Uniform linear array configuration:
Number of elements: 24
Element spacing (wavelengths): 0.25
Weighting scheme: binomial
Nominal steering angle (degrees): -30
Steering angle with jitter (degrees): -29.99
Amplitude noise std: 0.05
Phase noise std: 0.05

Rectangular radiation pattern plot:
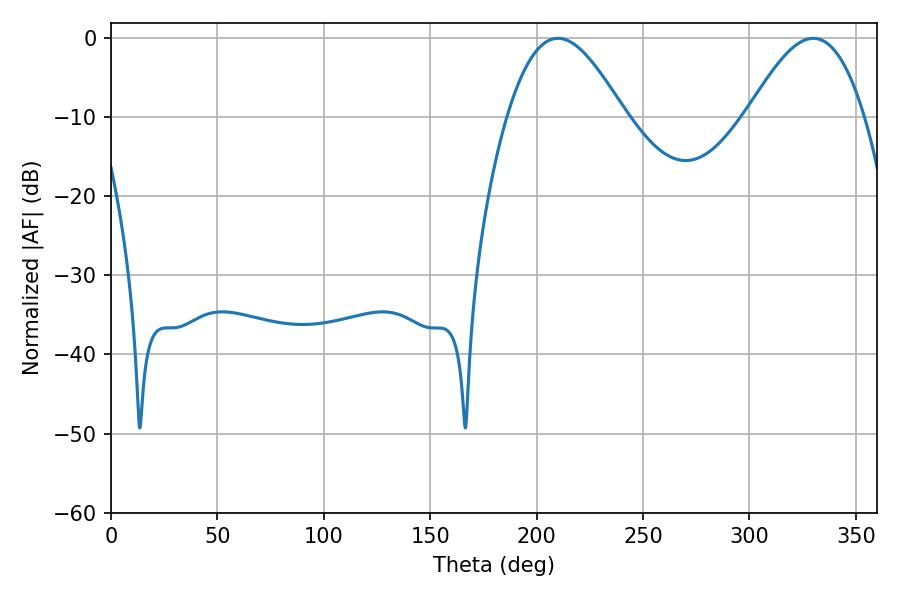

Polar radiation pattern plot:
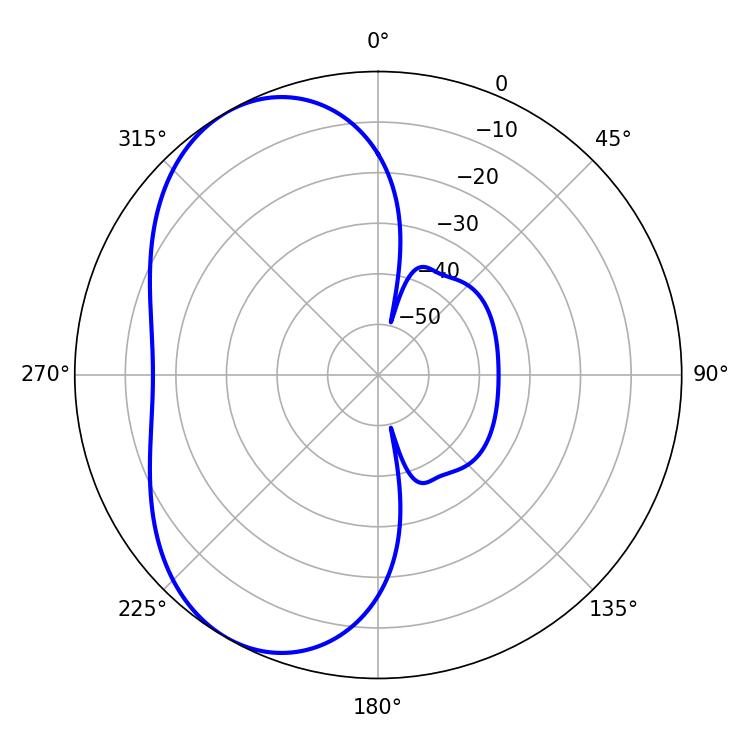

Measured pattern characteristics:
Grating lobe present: FALSE
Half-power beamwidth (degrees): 29.7
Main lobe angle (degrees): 210.06